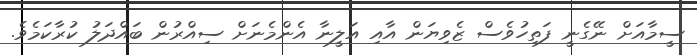
ސީމާއަށް ނޭގެނީ ފަތިހުވެސް ޒެވިޔަން އާއި އަލީނާ އެންމެނަށް ސިއްރުން ބައްދަލު ކުރާކަމެވެ.